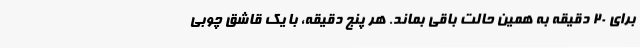
برای 20 دقیقه به همین حالت باقی بماند. هر پنج دقیقه، با یک قاشق چوبی